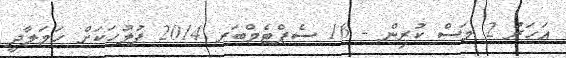
އަހަރު 2 މަސް ކުރިން - 16 ސެޕްޓެމްބަރ 2014 ފުލުހަކަށް ހަމަލާދީ